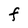
Character: F